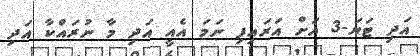
އަދި ޓަޔަ-3 އަށް އަރައިފި ނަމަ އެއީ އަދި މާ ނުރައްކާ އަދި